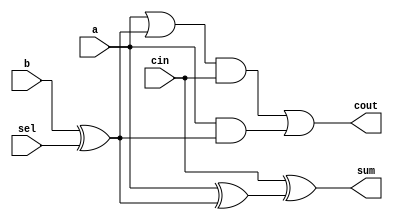
/*--  *******************************************************
--  Computer Architecture Course, Laboratory Sources 
--  Amirkabir University of Technology (Tehran Polytechnic)
--  Department of Computer Engineering (CE-AUT)
--  https://ce[dot]aut[dot]ac[dot]ir
--  *******************************************************
--  All Rights reserved (C) 2019-2020
--  *******************************************************
--  Student ID  : 9829039	
--  Student Name: Pouya Mohammadi
--  Student Mail: pouyamohammadyirbu@gmail.com
--  *******************************************************
--  Additional Comments:
--
--	Teamate information:
--	Mehran Aksari
--	9831007
--*/

/*-----------------------------------------------------------
---  Module Name: Single Bit Adder/Subtractor with delay
---  Description: Lab 07 Part 1
-----------------------------------------------------------*/
`timescale 1 ns/1 ns

module add_sub_delay (
	input a ,
	input b ,
	input cin ,
	input sel ,
	output sum ,
	output cout
);

	// Condition of second input 'b'
	wire bc;
	xor #10 bXor(bc, b, sel);

	// Sum
	wire xi;
	xor #10 abXor(xi, a, bc);
	xor #10 sumXor(sum, cin, xi);

	// Carry out
	wire o1, p1, p2;
	or  #5 abOr(o1, a, bc);
	and #5 ocAnd(p1, o1, cin);
	and #5 abAnd(p2, a, bc);
	or  #5 carryOut(cout, p1, p2);

endmodule